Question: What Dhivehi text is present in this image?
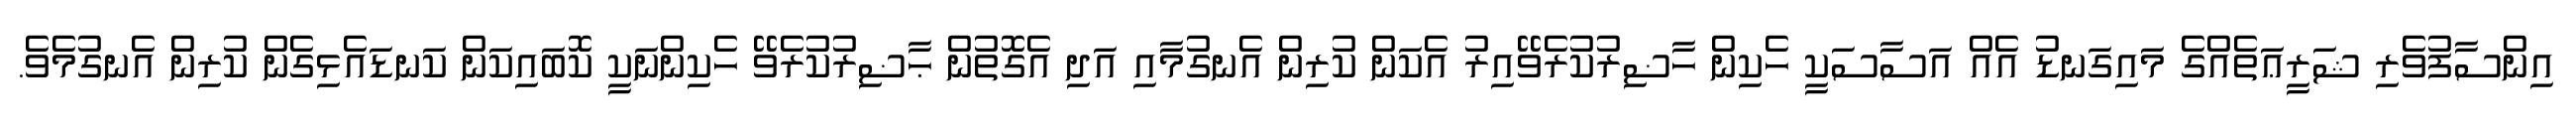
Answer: އިންސާފުވެރި ޝަރީޢަތެއްގެ މައިގަނޑު އެއް އަސާސަކީ ހެކިން ހާޟިރުކުރެވޭއިރު އެކަން ކުރިން އެނގުމާއި އަދި އެގޮތުން ޙާޟިރުކުރެވޭ ހެކިންނަކީ ކޮބައިކަން ކަނޑައެޅިގެން ކުރިން އެނގުމެވެ.